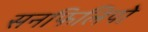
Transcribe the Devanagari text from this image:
सनफिलिपो